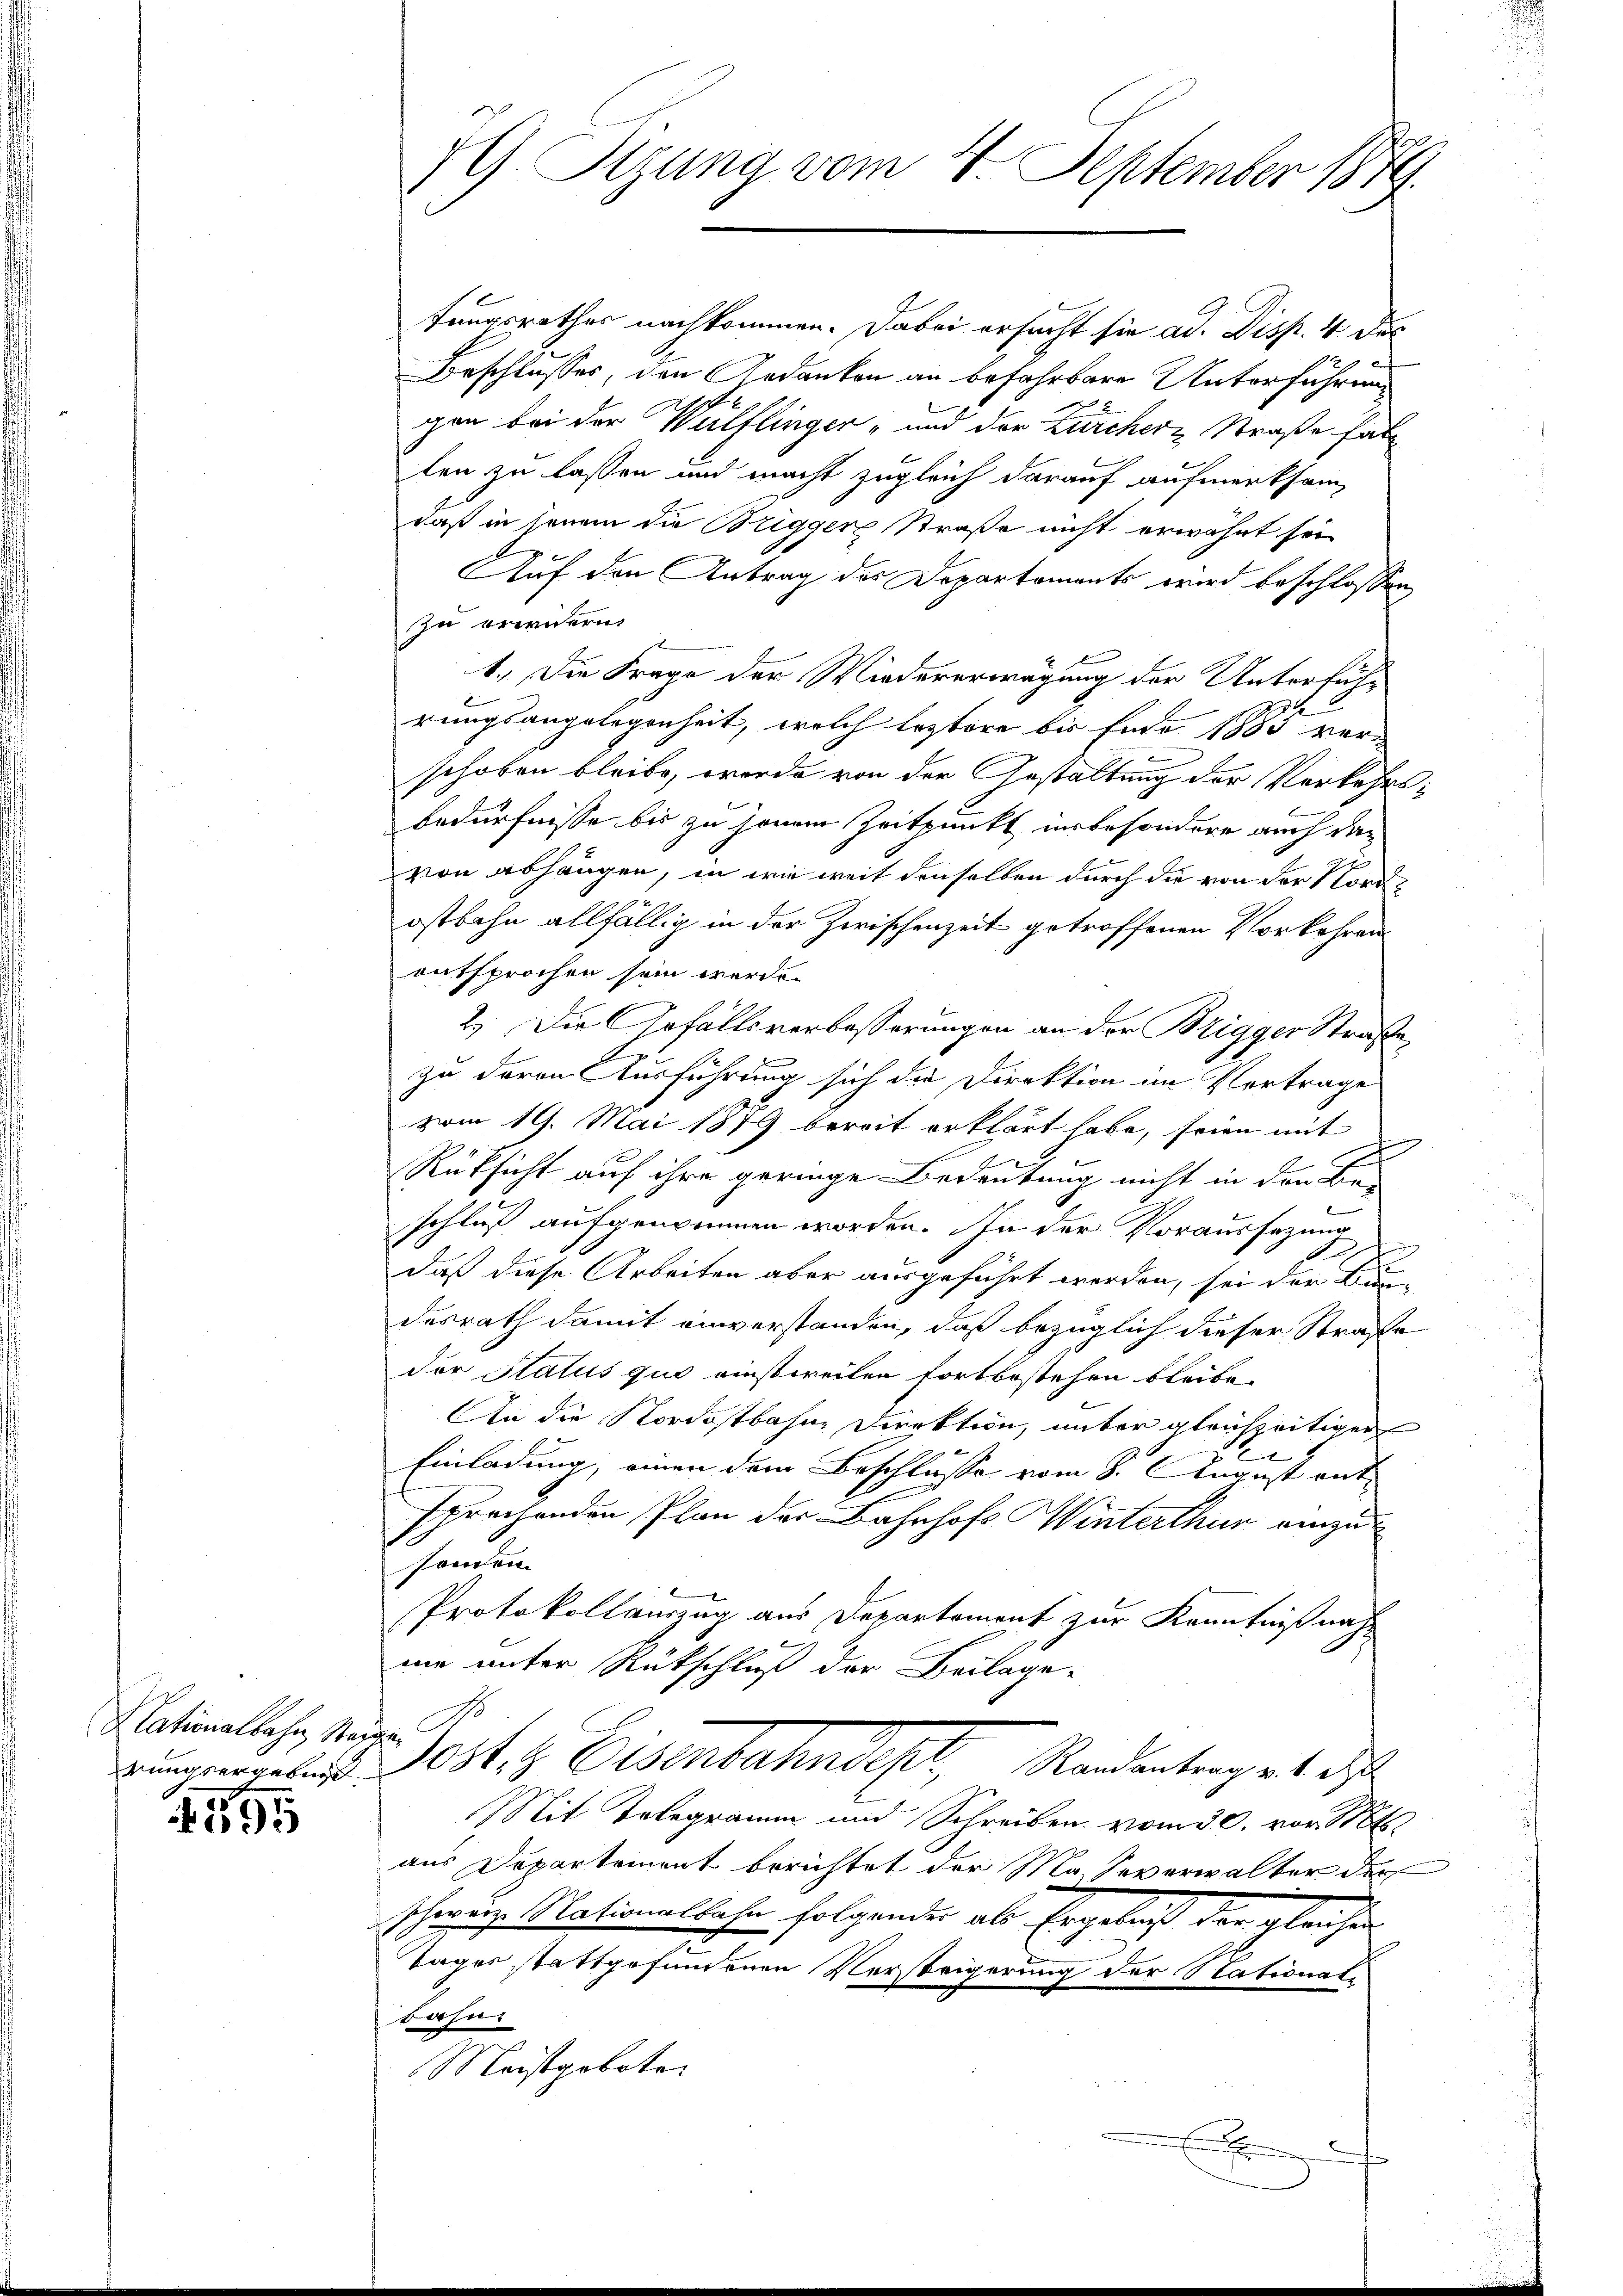
Nationalbahn, Steige. N

1

G. Sitzung vom 4. September 1879

fungsrathes nachkommen. Dabei ersucht sie ad. Disp. 4 des
Beschlusses, den Gedanken an befahrbare Unterführung
gen bei der Wülflinger- und der Zürcher Straße hat
ten zu lassen und macht zugleich darauf aufmerksam,
daß in jenem die Briggere Straße nicht erwähnt sei
Auf den Antrag des Departements wird beschlossen
zu erwidern
1.) Die Frage der Wiedererwägung der Untersuchrungsangelegenheit, welch leztere bis Ende 1885 verschoben bleibe, worde von der Gestaltung der Verkehrs¬
Bedürfnisse bis zu jenem Zeitpunkt insbesondere auch dan
von abhängen, in wie weit denselben durch die von der Nordostbahn allfällig in der Zwischenzeit getroffenen Vorkehren
entsprochen sein werde.
2.) Die Gefällsverbesserungen an der Brigger Straße,
zu devon Ausführung sich die Direktion im Vertrage
vom 19. Mai 1879 bereit erklärt habe, seien mit
n
Rüksicht auf ihre geringe Bedeutung nicht in den Be-
schluß aufgenommen worden. In der Voraussezung
daß diese Arbeiten aber ausgeführt werden, sei der Bun-
desrath damit einverstanden, daß bezüglich dieser Straße
der Status qui einstweilen fortbestehen bleibe.
An die Nordostbahne Direktion, unter gleichzeitiger
e
Einladung, einen dem Beschlüsse vom 8. August entsprechenden Plan der Bahnhofs Winterthur einzusonden.
Protokollauszug aus Departement zur Kenntnißnah
ne unter Rückschluß der Beilage-
Burgergebnis Poster Eisenbahndept, Randentrages das
Mit Telegramm und Schreiben vom 30. vor. Mts.
aus Departement berichtet der Ma-Severwalter der
schweiz. Mationalbahn folgender als Ergebniß der gleichen
Tages stattgefundenen Verstrigerung der Stationale
bahn
Meistgeboten
.